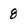
Character: 8